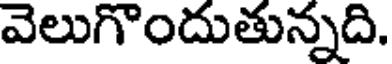
వెలుగొందుతున్నది.